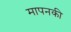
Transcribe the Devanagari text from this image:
मापनकी